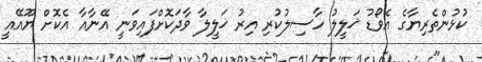
ކުޅުންތެރިޔާގެ އެވޯޑު ޚަލީލު ހާސިލުކުރި އިރު ޚަލީލާ ވާދަކޮށްފައިވަނީ އޭނާއާ އެކޮށް ޔޫއޭއީ